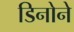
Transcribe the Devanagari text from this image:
डिनोने